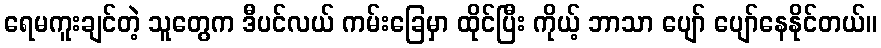
ရေမကူးချင်တဲ့ သူတွေက ဒီပင်လယ် ကမ်းခြေမှာ ထိုင်ပြီး ကိုယ့် ဘာသာ ပျော် ပျော်နေနိုင်တယ်။